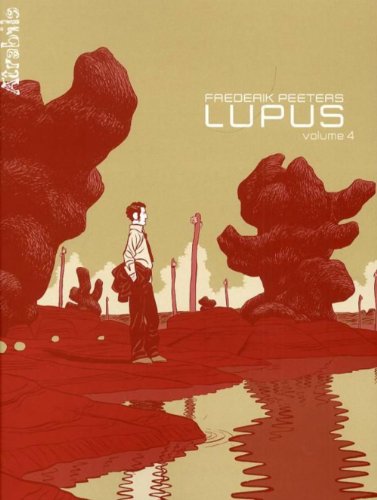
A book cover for Lupus, Tome 4 (French Edition); Frederik Peeters; Health, Fitness & Dieting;